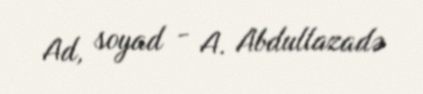
Ad, soyad - A. Abdullazadə